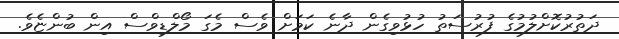
ދަތުރުކޮށްލުމުގެ ފުރުސަތު ހުޅުވިގެން ދާނެ ކަމަށް ވެސް މެގަ މޯލްޑިވްސް އިން ބުންޏެވެ.